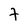
Character: 7